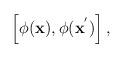
LaTeX: \begin{align*}\left[ \phi ({\bf x}), \phi ({\bf x}^{'})\right], \end{align*}